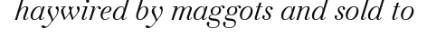
haywired by maggots and sold to